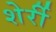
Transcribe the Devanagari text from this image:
शेर्री